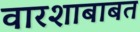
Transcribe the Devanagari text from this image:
वारशाबाबत